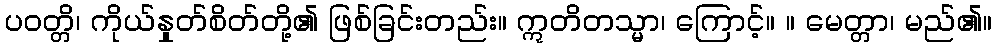
ပဝတ္တိ၊ ကိုယ်နှုတ်စိတ်တို့၏ ဖြစ်ခြင်းတည်း။ ဣတိတသ္မာ၊ ကြောင့်။ ။ မေတ္တာ၊ မည်၏။